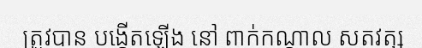
ត្រូវបាន បង្កើតឡើង នៅ ពាក់កណ្តាល សតវត្ស